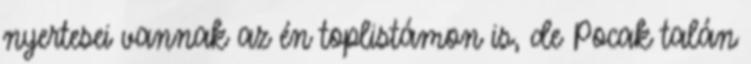
nyertesei vannak az én toplistámon is, de Pocak talán